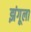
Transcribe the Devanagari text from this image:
झंगूला